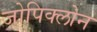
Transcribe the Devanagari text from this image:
जोपिक्लोन